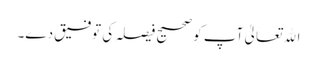
اﷲتعالیٰ آپ کو صحیح فیصلہ کی توفیق دے۔